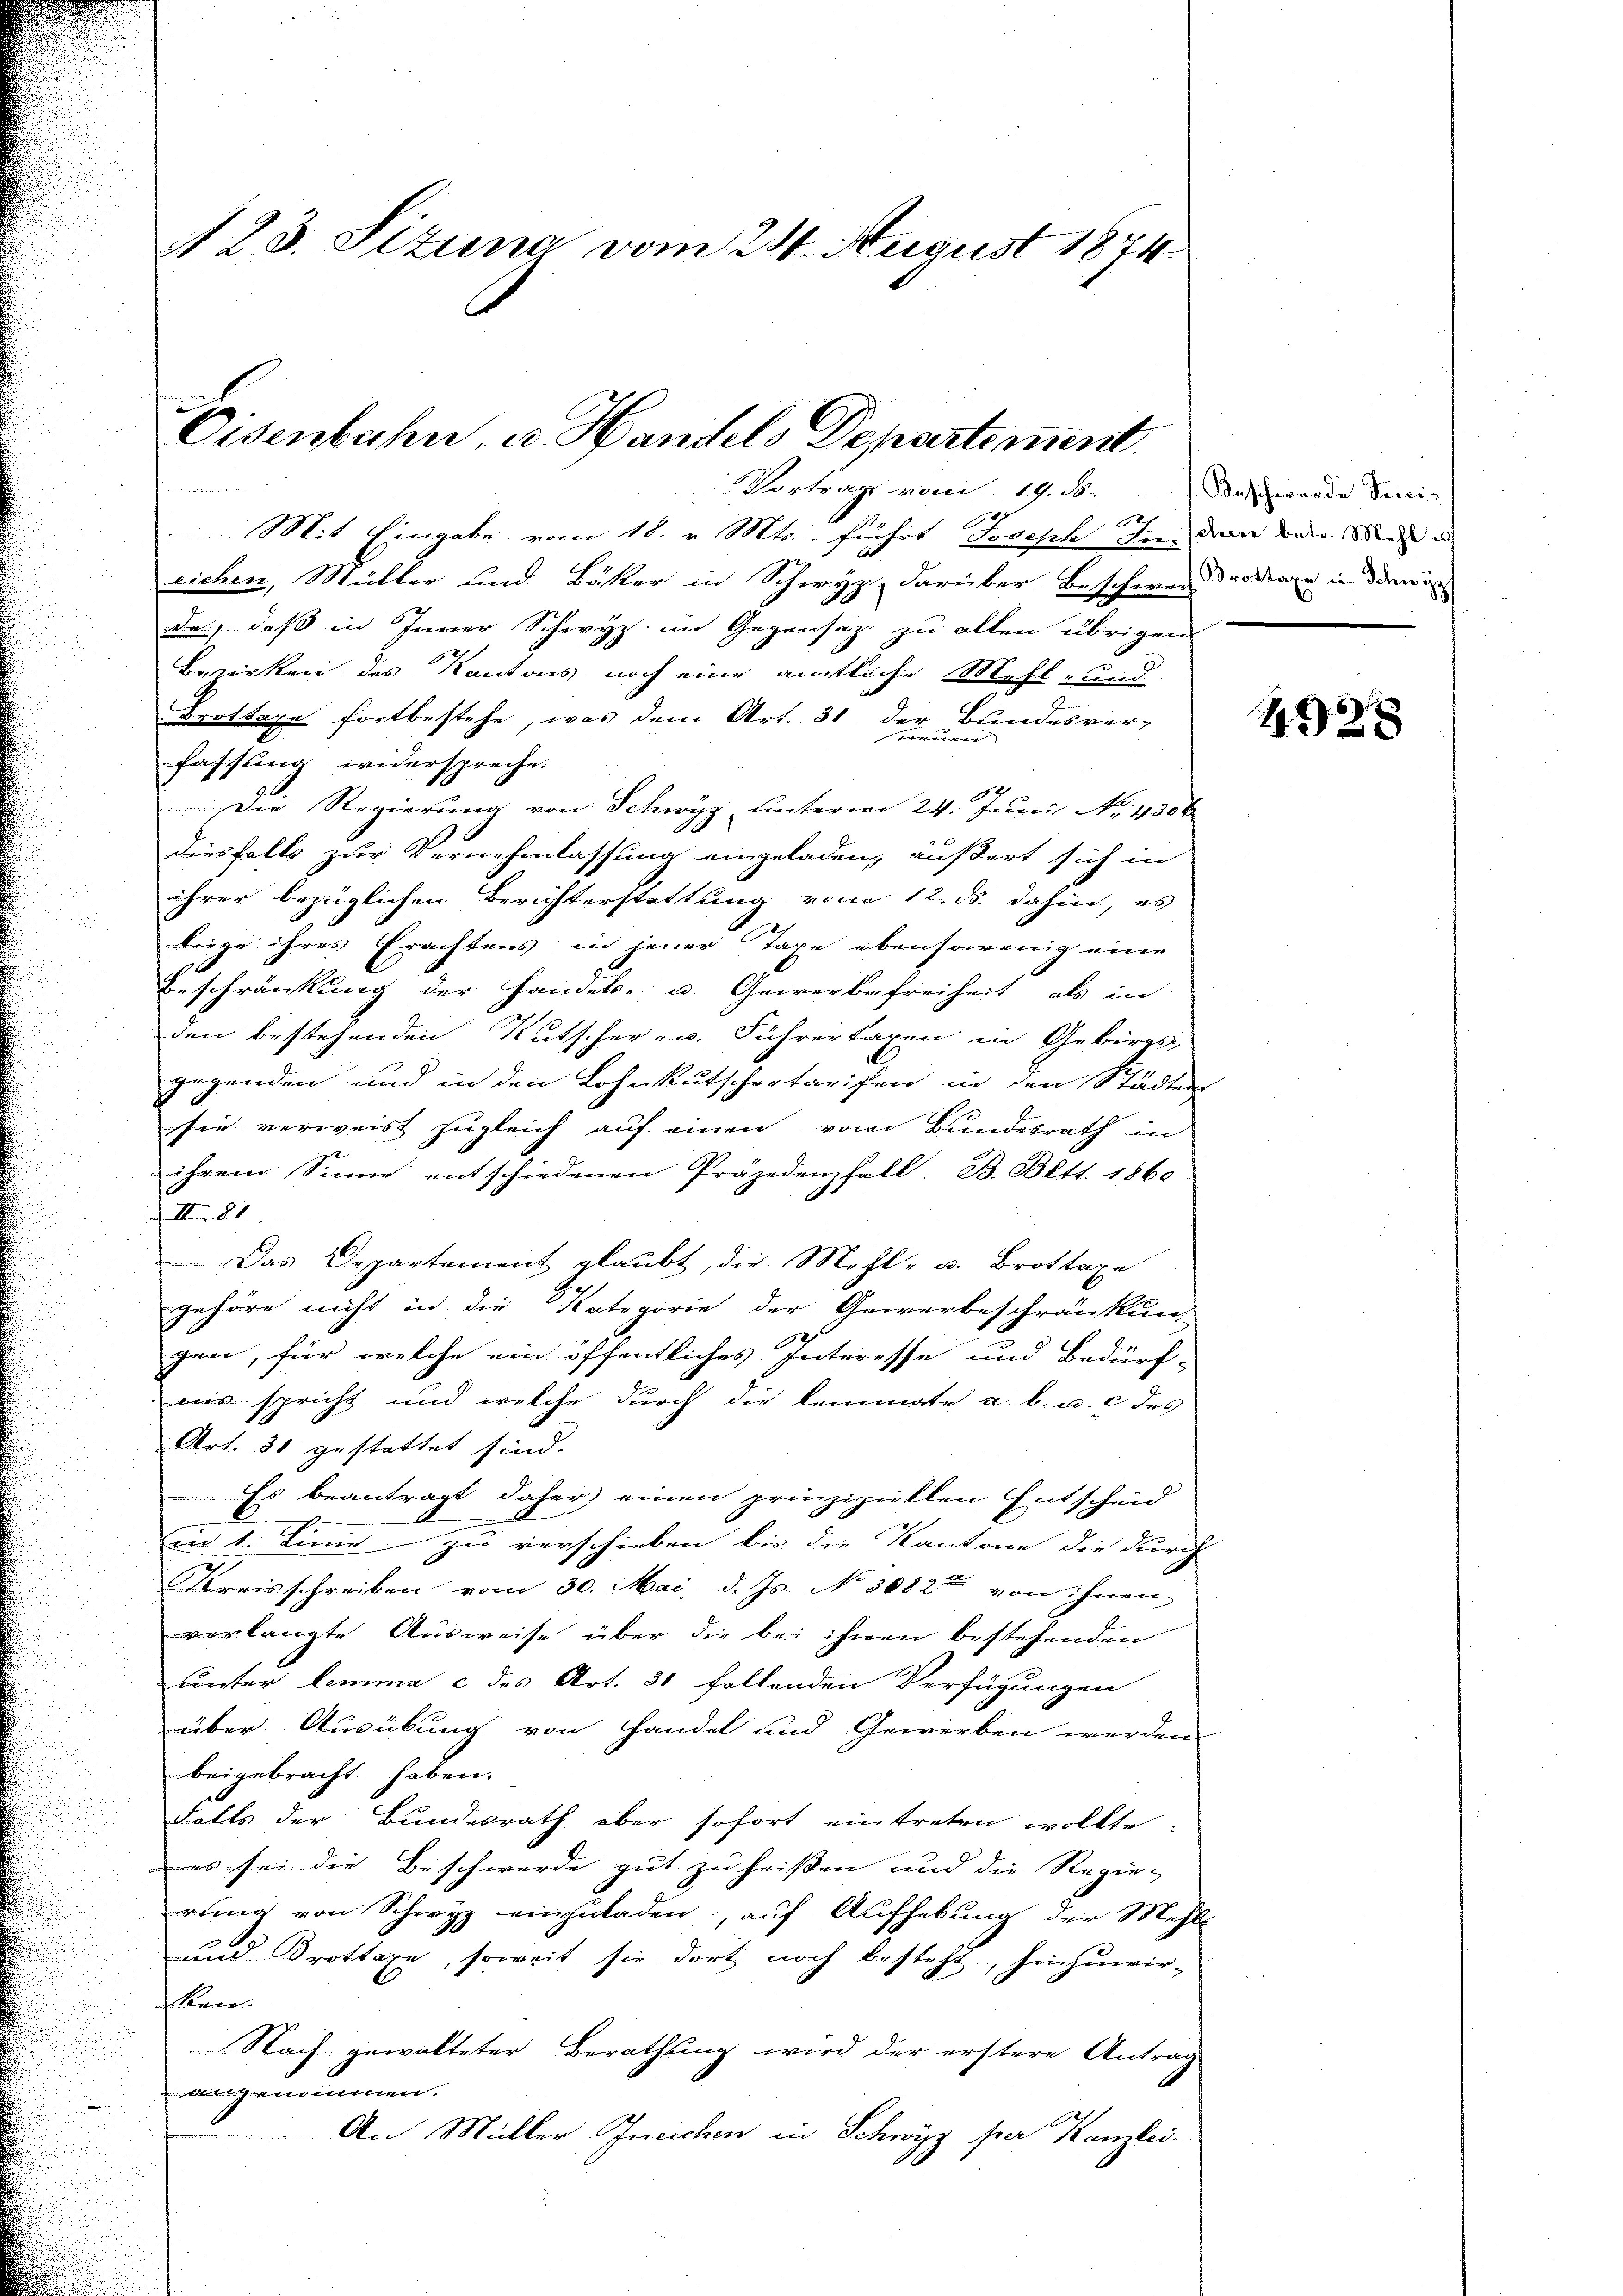
A 23. Sizung vom 24. August 1874

Eisenbahn, u. Handels Departement.
Vortrag vom 19. ds.

Bar
Mit Eingabe vom 18. v. Mts., führt Joseph In denn die Mal in
eichen, Müller und Bäker in Schwyz darüber Beschwer-
das, daß in Inner Schwyz im Gegensatz zu alten übrigen
Bewirken des Kantons noch eine amtliche Mehl- und
Brottaxe fortbestehe, was dem Art. 31 der Bundesver-
fassung widerspreche.
Die Regierung von Schwyz unterm 24. Juni No 4300
diesfalls zur Vernehmlassung eingeladen, äußert sich in
ihrer bezüglichen Berichterstattung vom 12. ds. dahin, es
liege ihres Erachtens in jener Taxe ebensowenig eine
Beschränkung der Handels- u. Gewerbefreiheit als in
den bestehenden Kutscher- u. Führertaxen in Gebirgs-
gegenden und in den Lohnkutschertarifen in den Städtens
sie verweist zugleich auf einen vom Bundesrath in
ihrem Sinne entschiedenen Präjedenfall, B. Bett. 1860
II 81.
Das Departement glaubt, die Mehl- u. Brottage
l
gehöre nicht in die Kategorie der Gewerbeschränkung
gen, für welche ein öffentliches Interesse und Bedürf-
ais spricht und welche durch die lemmate a. b. u. c des
Art. 31 gestattet sind.
 Es beantragt daher einen prinzipiellen Entscheid
und 1. Linie zu verschieben, bis die Kantone die durch
Kreisschreiben vom 30. Mai d. Js. No 3082 von ihnen
verlangte Ausweise über die bei ihnen bestehenden
unter lemma c des Art. 31 follenden Verfügungen
über Ausübung von Handel und Gewerben werden
beigebracht haben.
Falls der Bundesrath aber sofort eintreten wollte:
es sei die Beschwerde gut zu heißen und die Regie-
rung von Schwyz einzuladen, auf Aufhebung der Mehls
und Drottaxe, soweit sie dort noch besteht, hinzuwir-
kann.
Nach gewalteter Berathung wird der erstere Antrag
dgenommen.
An Müller Ineichen in Schwyz per Kanzlei-

Beschwerde Seni-
Brottaxe in Schwyz

28